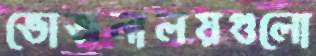
ভোজনালয়গুলো